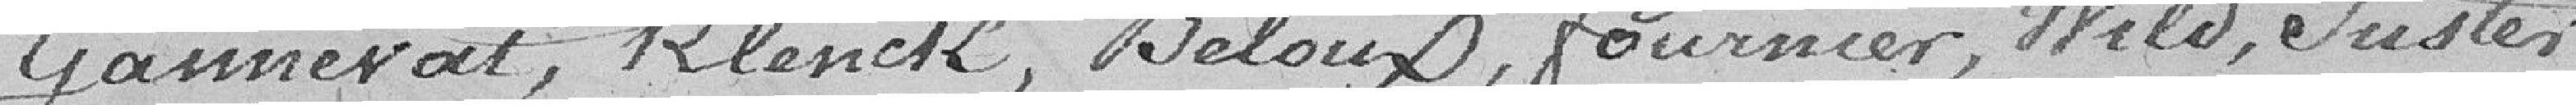
Gannevat, Klenck, Beloux, Fournier, Wild, Juster